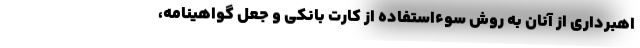
اهبرداری از آنان به روش سوءاستفاده از کارت بانکی و جعل گواهینامه،